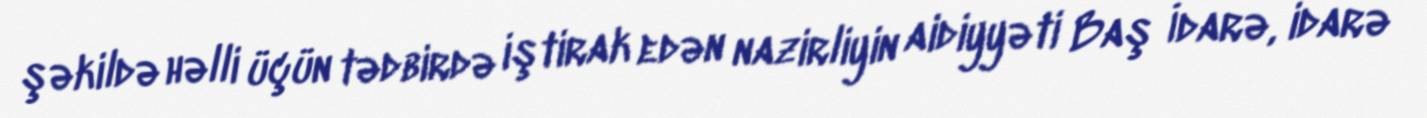
şəkildə həlli üçün tədbirdə iştirak edən nazirliyin aidiyyəti Baş İdarə, idarə